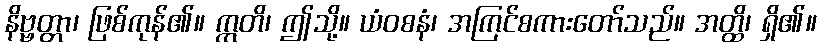
နိဗ္ဗတ္တာ၊ ဖြစ်ကုန်၏။ ဣတိ၊ ဤသို့။ ယံဝစနံ၊ အကြင်စကားတော်သည်။ အတ္ထိ၊ ရှိ၏။